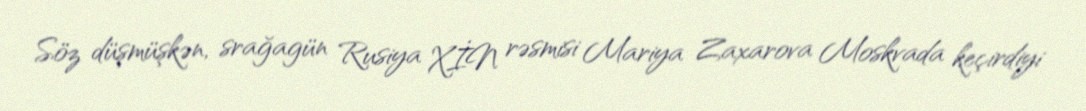
Söz düşmüşkən, srağagün Rusiya XİN rəsmisi Mariya Zaxarova Moskvada keçirdiyi